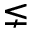
\lneq